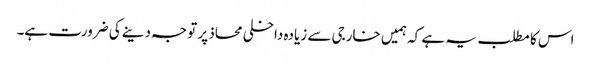
اس کا مطلب یہ ہے کہ ہمیں خارجی سے زیادہ داخلی محاذ پر توجہ دینے کی ضرورت ہے۔